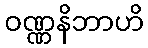
ဝဏ္ဏနိဘာဟိ